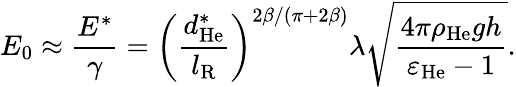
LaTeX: E_{0}\approx\frac{E^{\ast}}{\gamma}=\left(\frac{d_{\mathrm{He}}^{\ast}}{l_{\mathrm{R}}}\right)^{2\beta/\left(\pi+2\beta\right)}\lambda\sqrt{\frac{4\pi\rho_{\mathrm{He}}gh}{\varepsilon_{\mathrm{He}}-1}}.